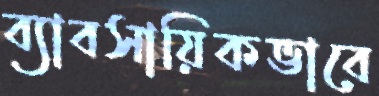
ব্যাবসায়িকভাবে